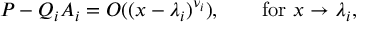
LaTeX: P - Q _ { i } A _ { i } = O ( ( x - \lambda _ { i } ) ^ { \nu _ { i } } ) , \qquad { \mathrm { f o r ~ } } x \to \lambda _ { i } ,